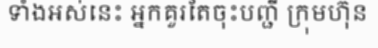
ទាំងអស់នេះ អ្នកគួរតែចុះបញ្ជី ក្រុមហ៊ុន